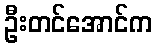
ဦးတင်အောင်က